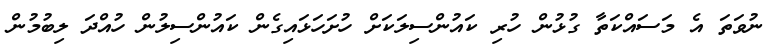
ނުވަތަ އެ މަސައްކަތާ ގުޅުން ހުރި ކައުންސިލަކަށް ހުށަހަޅައިގެން ކައުންސިލުން ހުއްދަ ލިބުމުން